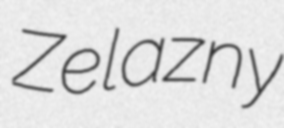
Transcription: Zelazny